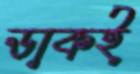
ডাকই